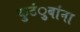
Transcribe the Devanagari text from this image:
कुटंुबांना